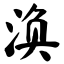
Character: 涣